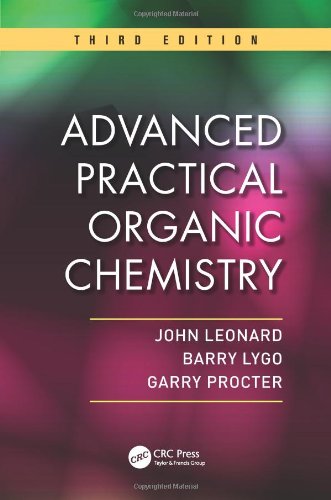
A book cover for Advanced Practical Organic Chemistry, Third Edition; John Leonard; Science & Math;